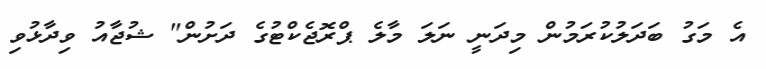
އެ މަގު ބަދަލުކުރަމުން މިދަނީ ނަލަ މާލެ ޕްރޮޖެކްޓުގެ ދަށުން" ޝުޖާއު ވިދާޅުވި